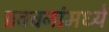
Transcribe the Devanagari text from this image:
प्रवचनांमध्ये